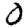
Digit: 0